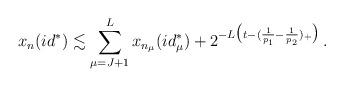
LaTeX: \begin{align*} x_n(id^*)\lesssim \sum_{\mu=J+1}^{L}x_{n_{\mu}}(id_{\mu}^*)+ 2^{-L \big(t-(\frac{1}{p_1}-\frac{1}{p_2})_+\big)} \, . \end{align*}